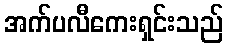
အက်ပလီကေးရှင်းသည်